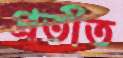
প্রতীত